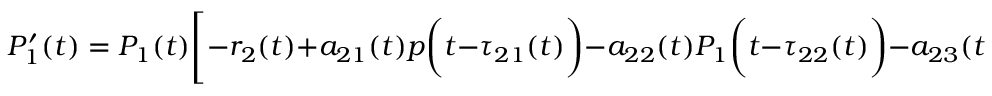
P _ { 1 } ^ { \prime } ( t ) = P _ { 1 } ( t ) { \Biggl [ } - r _ { 2 } ( t ) + a _ { 2 1 } ( t ) p { \biggl ( } t - \tau _ { 2 1 } ( t ) { \biggr ) } - a _ { 2 2 } ( t ) P _ { 1 } { \biggl ( } t - \tau _ { 2 2 } ( t ) { \biggr ) } - a _ { 2 3 } ( t ) P _ { 2 } { \biggl ( } t - \tau _ { 2 3 } ( t ) { \biggr ) } { \Biggr ] }